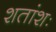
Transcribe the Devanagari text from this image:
शतांशः